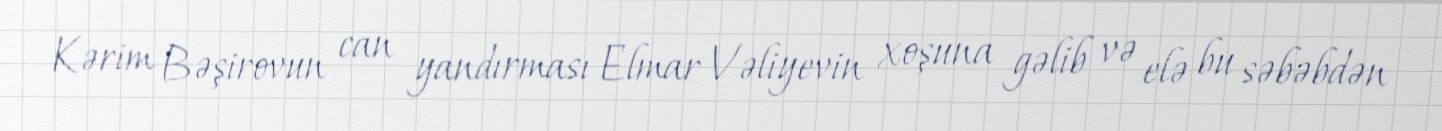
Kərim Bəşirovun can yandırması Elmar Vəliyevin xoşuna gəlib və elə bu səbəbdən